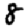
Digit: 8